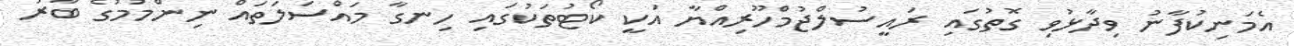
އެމަނިކުފާނު ވިދާޅުވި ގޮތުގައި ރައީސުލްޖުމްހޫރިއްޔާ އަކީ ކޯޓުތަކުގައި ހިނގާ މައްސަަލަތައް ނިންމުމުގެ ބާރު